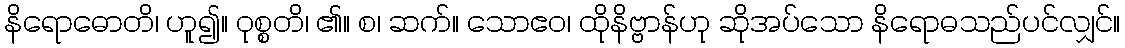
နိရောဓောတိ၊ ဟူ၍။ ဝုစ္စတိ၊ ၏။ စ၊ ဆက်။ သောဧဝ၊ ထိုနိဗ္ဗာန်ဟု ဆိုအပ်သော နိရောဓသည်ပင်လျှင်။